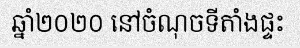
ឆ្នាំ២០២០ នៅចំណុចទីតាំងផ្ទះ